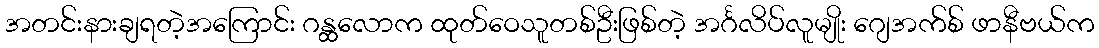
အတင်းနားချရတဲ့အကြောင်း ဂန္ထလောက ထုတ်ဝေသူတစ်ဦးဖြစ်တဲ့ အင်္ဂလိပ်လူမျိုး ဂျေအက်စ် ဖာနီဗယ်က